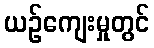
ယဉ်ကျေးမှုတွင်